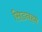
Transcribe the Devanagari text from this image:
सिडनहम